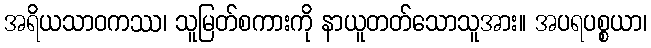
အရိယသာဝကဿ၊ သူမြတ်စကားကို နာယူတတ်သောသူအား။ အပရပစ္စယာ၊